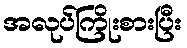
အလုပ်ကြိုးစားပြီး